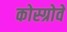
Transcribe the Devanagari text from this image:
कोस्ग्रोवे